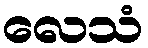
လေသံ